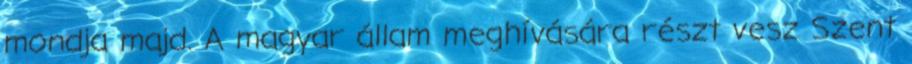
mondja majd. A magyar állam meghívására részt vesz Szent